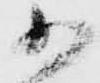
か